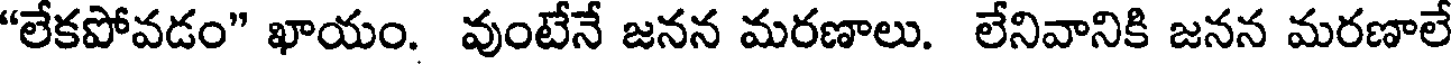
"లేకపోవడం" ఖాయం. వుంటేనే జనన మరణాలు. లేనివానికి జనన మరణాలే